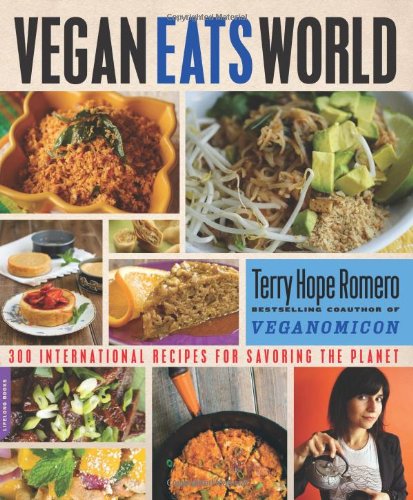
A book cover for Vegan Eats World: 300 International Recipes for Savoring the Planet; Terry Hope Romero; Cookbooks, Food & Wine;